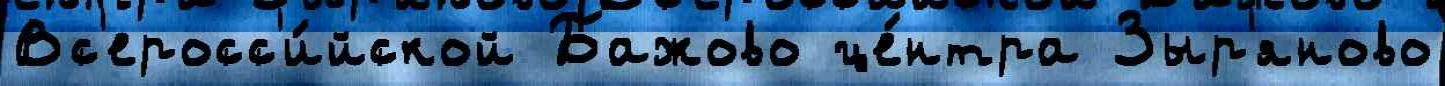
Вс'еросс'и́йской Бажово це́нтра Зыр'яново